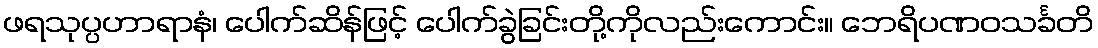
ဖရသုပ္ပဟာရာနံ၊ ပေါက်ဆိန်ဖြင့် ပေါက်ခွဲခြင်းတို့ကိုလည်းကောင်း။ ဘေရိပဏဝသင်္ခတိ